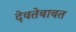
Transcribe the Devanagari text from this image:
देवतेबाबत